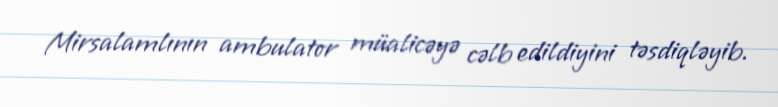
Mirsalamlının ambulator müalicəyə cəlb edildiyini təsdiqləyib.